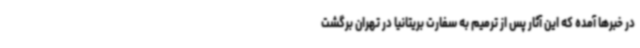
در خبرها آمده که این آثار پس از ترمیم به سفارت بریتانیا در تهران برگشت